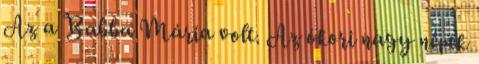
Az a Babba Mária volt. Az ókori nagy népek